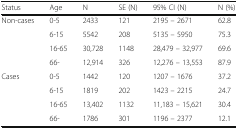
<table><thead><tr><td><b>Status</b></td><td><b>Age</b></td><td><b>N</b></td><td><b>SE (N)</b></td><td><b>95% CI (N)</b></td><td><b>N (%)</b></td></tr></thead><tbody><tr><td>Non-cases</td><td>0-5</td><td>2433</td><td>121</td><td>2195 – 2671</td><td>62.8</td></tr><tr><td></td><td>6-15</td><td>5542</td><td>208</td><td>5135 – 5950</td><td>75.3</td></tr><tr><td></td><td>16-65</td><td>30,728</td><td>1148</td><td>28,479 – 32,977</td><td>69.6</td></tr><tr><td></td><td>66-</td><td>12,914</td><td>326</td><td>12,276 – 13,553</td><td>87.9</td></tr><tr><td>Cases</td><td>0-5</td><td>1442</td><td>120</td><td>1207 – 1676</td><td>37.2</td></tr><tr><td></td><td>6-15</td><td>1819</td><td>202</td><td>1423 – 2215</td><td>24.7</td></tr><tr><td></td><td>16-65</td><td>13,402</td><td>1132</td><td>11,183 – 15,621</td><td>30.4</td></tr><tr><td></td><td>66-</td><td>1786</td><td>301</td><td>1196 – 2377</td><td>12.1</td></tr></tbody></table>